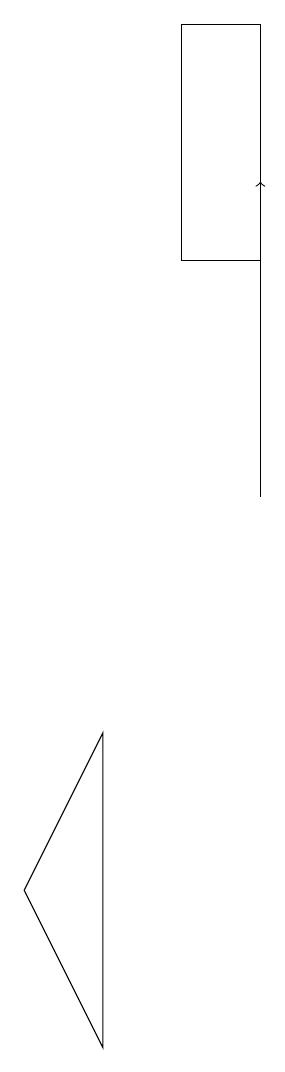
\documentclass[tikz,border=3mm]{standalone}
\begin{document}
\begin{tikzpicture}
\draw (2,5) -- (3,7) -- (3,3) -- cycle;
\draw[->] (5,10) -- (5,14);
\draw (4,16) rectangle (5,13);
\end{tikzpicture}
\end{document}